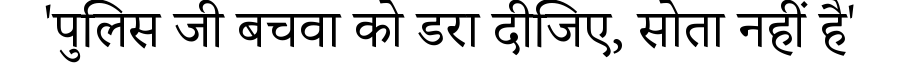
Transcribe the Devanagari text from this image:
'पुलिस जी बचवा को डरा दीजिए, सोता नहीं है'